Vaccination in Bombay 1924-1928 - 1924-1928
Year: 1924
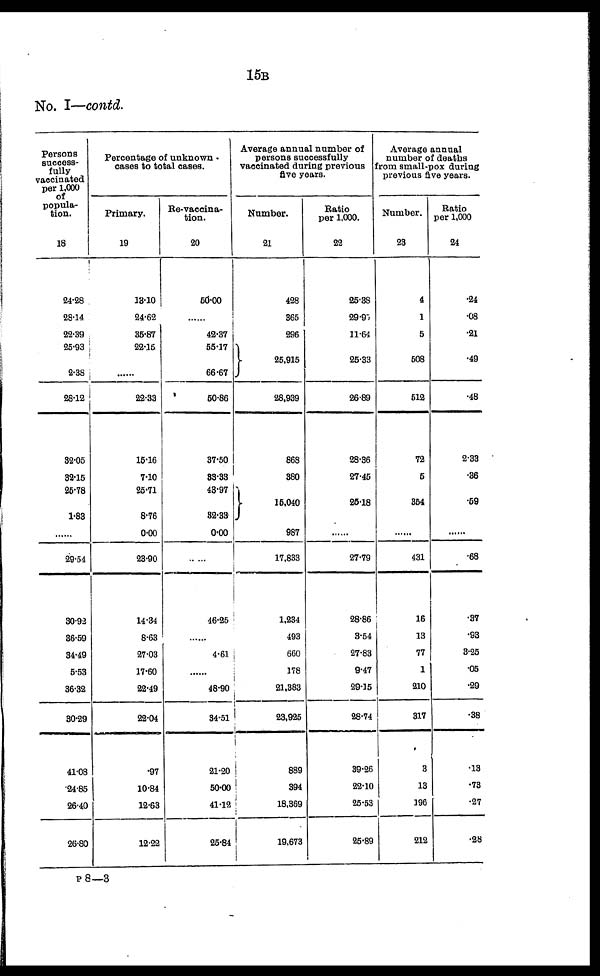
15B
No. I—contd.
Persons
success-
fully
vaccinated
per 1,000
of
popula-
tion.
18
24.28
28.14
22.39
25.93
2.38
28.12
32.05
32.15
25.78
1.83
......
29.54
30.92
36.59
34.49
5.53
36.32
30.29
41.08
24.85
26.40
26.80
Percentage of unknown
cases to total cases.
Primary.
19
13.10
24.62
35.87
22.15
......
22.33
15.16
7.10
25.71
8.76
0.00
23.90
14.34
8.63
27.03
17.60
22.49
22.04
.97
10.84
12.63
12.22
Re-vaccina-
tion.
20
50.00
......
42.37
55.17
66.67
50.86
37.50
33.33
43.97
32.33
0.00
......
46.25
......
4.61
......
48.90
34.51
21.20
50.00
41.12
25.84
Average annual number of
persons successfully
vaccinated during previous
five years.
Number.
21
428
365
296
25,915
28,939
868
380
15,040
987
17,833
1,234
493
660
178
21,383
23,925
889
394
18,369
19,673
Ratio
per 1,000.
22
25.38
29.95
11.64
25.33
26.89
28.36
27.45
25.18
......
27.79
28.86
3.54
27.83
9.47
29.15
28.74
39.26
22.10
25.53
25.89
Average annual
number of deaths
From small-pox during
previous five years.
Number.
23
4
1
5
508
512
72
5
354
......
431
16
13
77
1
210
317
3
13
196
212
Ratio
per 1,000
24
.24
.08
.21
.49
.48
2.33
.36
.59
......
.68
.37
.93
3.25
.05
.29
.38
.13
.73
.27
.28
P 8—3